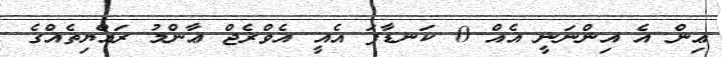
ޢިން އެ އިންނަނީ އެއް 0 ކަނޑާފަ އެއީ އެވްރެޖް ޢާންމު ރައްޔިތެއްގެ